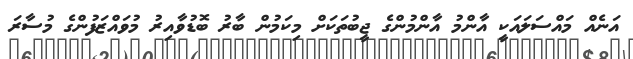
އަނެއް މައްސަލައަކީ އާންމު އާންމުންގެ ޖީބުތަކަށް މިކަމުން ބާރު ބޮޑުވާއިރު މުވައްޒަފުންގެ މުސާރަ